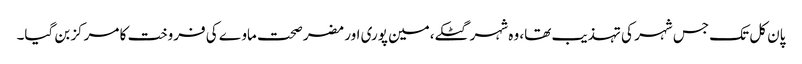
پان کل تک جس شہر کی تہذیب تھا، وہ شہر گٹکے،مین پوری اور مضر صحت ماوے کی فروخت کا مرکز بن گیا۔